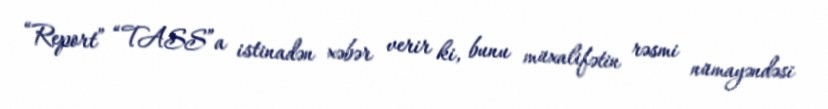
“Report” “TASS”a istinadən xəbər verir ki, bunu müxalifətin rəsmi nümayəndəsi